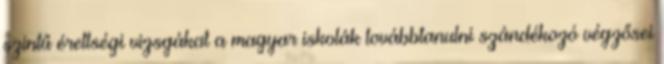
szintű érettségi vizsgákat a magyar iskolák továbbtanulni szándékozó végzősei